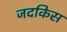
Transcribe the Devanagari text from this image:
जदकिस